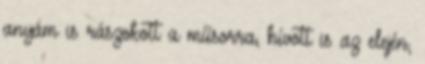
anyám is rászokott a műsorra, hívott is az elején,